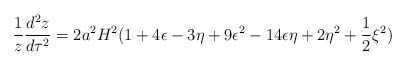
\begin{align*}\frac{1}{z}\frac{d^2z}{d\tau^2}=2a^2H^2(1+4\epsilon -3\eta+9\epsilon^2-14\epsilon \eta+2\eta^2+\frac{1}{2}\xi^2)\end{align*}